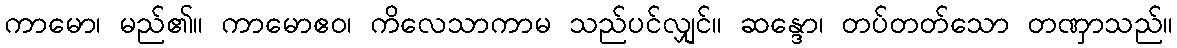
ကာမော၊ မည်၏။ ကာမောဧဝ၊ ကိလေသာကာမ သည်ပင်လျှင်။ ဆန္ဒော၊ တပ်တတ်သော တဏှာသည်။